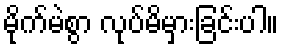
မိုက်မဲစွာ လုပ်မိမှားခြင်းပါ။